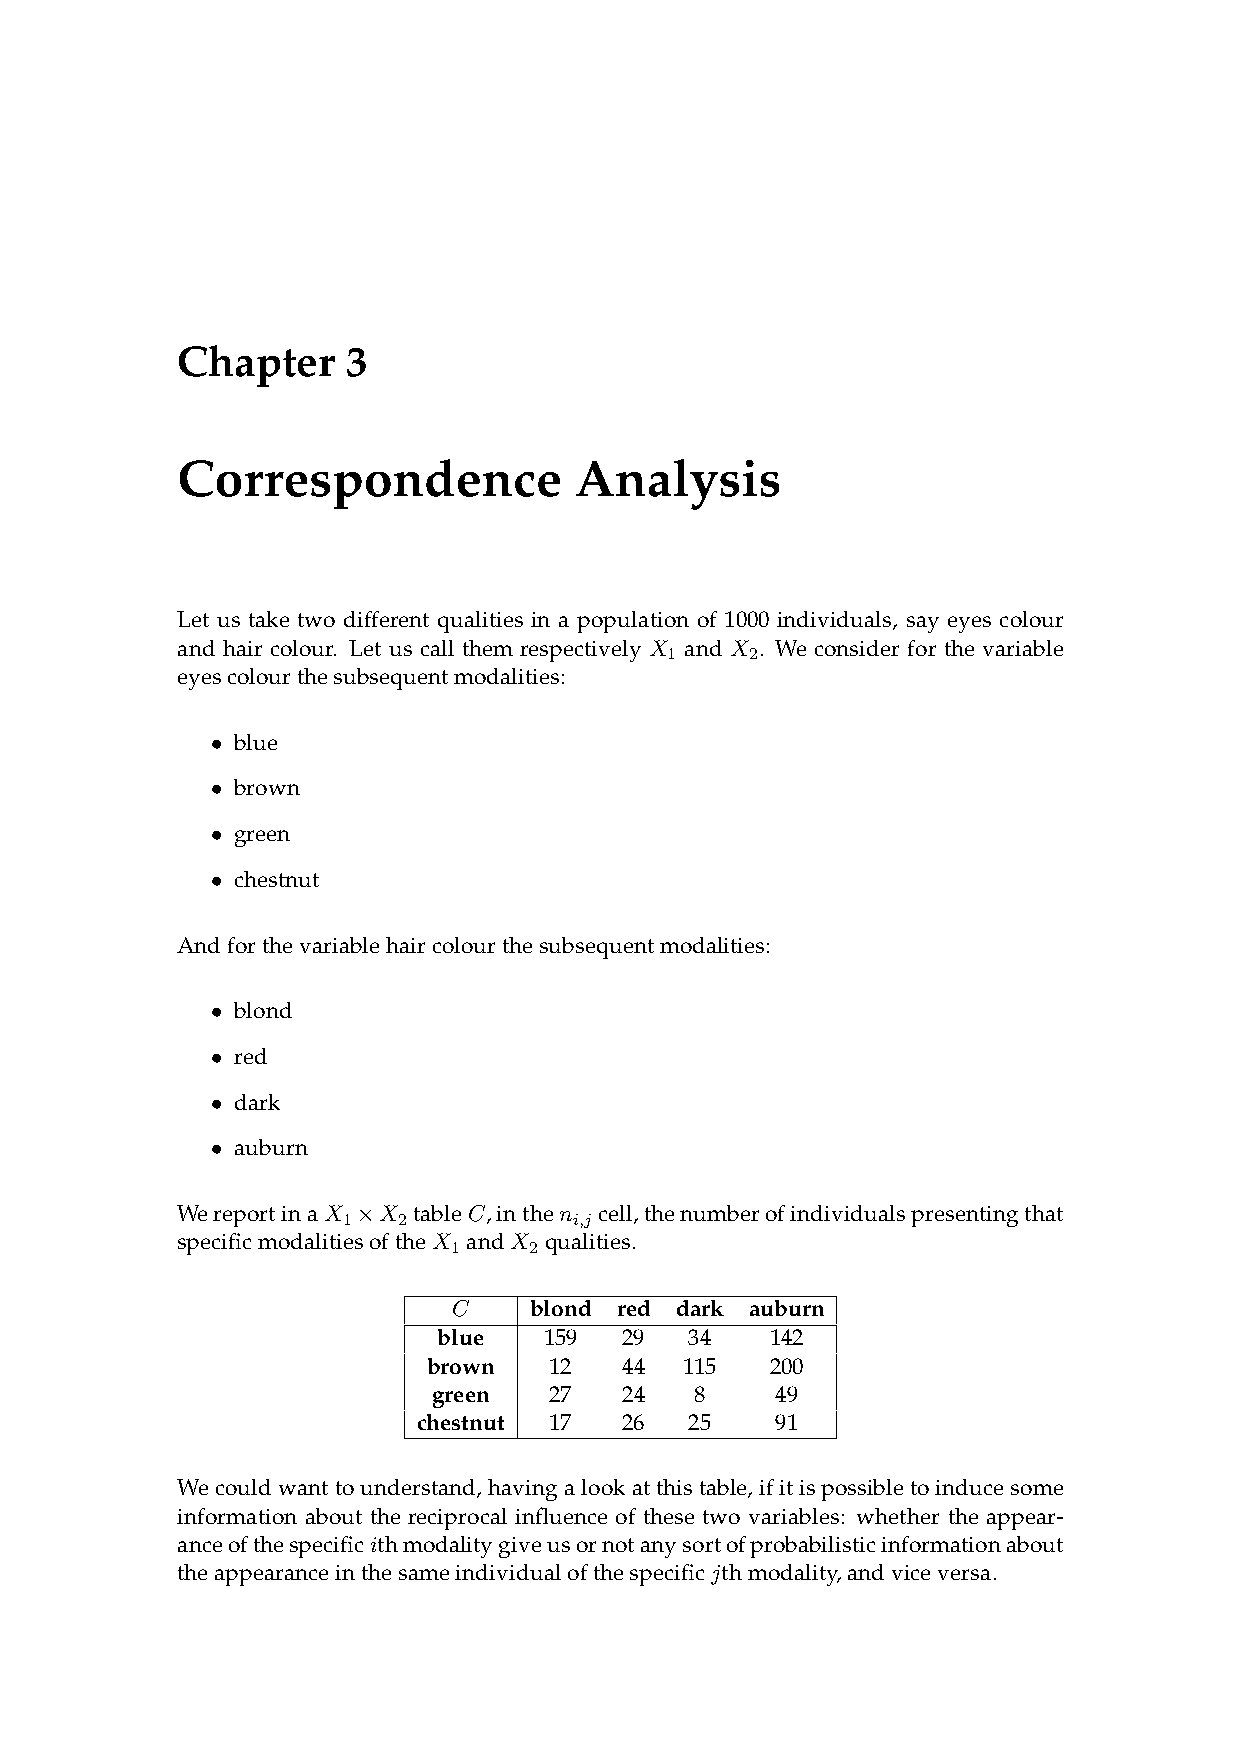
Chapter    3
 Correspondence            Analysis
 Let us take two different qualities in a population of 1000 individuals, say eyes colour
 and hair colour. Let us call them respectively X and X . We consider for the variable
 1     2
 eyescolourthesubsequentmodalities:
 • blue
 • brown
 • green
 • chestnut
 Andforthevariablehaircolourthesubsequentmodalities:
 • blond
 • red
 • dark
 • auburn
 WereportinaX ×X tableC,inthen cell,thenumberofindividualspresentingthat
 1  2           i,j
 specificmodalitiesoftheX andX qualities.
 1    2
 C    blond red dark auburn
 blue   159  29   34   142
 brown   12   44  115   200
 green  27   24   8    49
 chestnut 17  26   25   91
 Wecouldwanttounderstand,havingalookatthistable,ifitispossibletoinducesome
 information about the reciprocal influence of these two variables: whether the appear-
 anceofthespecificithmodalitygiveusornotanysortofprobabilisticinformationabout
 theappearanceinthesameindividualofthespecificjthmodality,andviceversa.